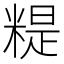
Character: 䊓